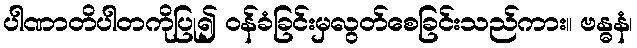
ပါဏာတိပါတကိုပြု၍ ဝန်ခံခြင်းမှလွတ်စေခြင်းသည်ကား။ ဗန္ဓနံ၊